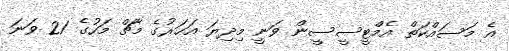
އެ މަސައްކަތް އެމްޓީސީސީން ވަނީ މިދިޔަ އަހަރުގެ މާޗް މަހުގެ 21 ވަނަ